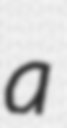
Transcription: a